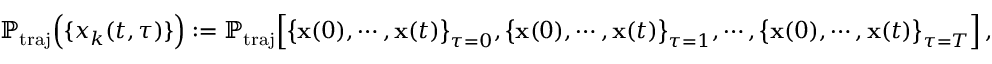
\mathbb { P } _ { \mathrm { t r a j } } \Big ( \{ x _ { k } ( t , \tau ) \} \Big ) : = \mathbb { P } _ { \mathrm { t r a j } } \Big [ \big \{ \mathbf { x } ( 0 ) , \cdots , \mathbf { x } ( t ) \big \} _ { \tau = 0 } , \big \{ \mathbf { x } ( 0 ) , \cdots , \mathbf { x } ( t ) \big \} _ { \tau = 1 } , \cdots , \big \{ \mathbf { x } ( 0 ) , \cdots , \mathbf { x } ( t ) \big \} _ { \tau = T } \Big ] \, ,